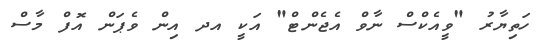
ހަތިޔާރު "ވީއެކްސް ނާވް އެޖެންޓް" އަކީ އދ އިން ވެޕަން އޮފް މާސް